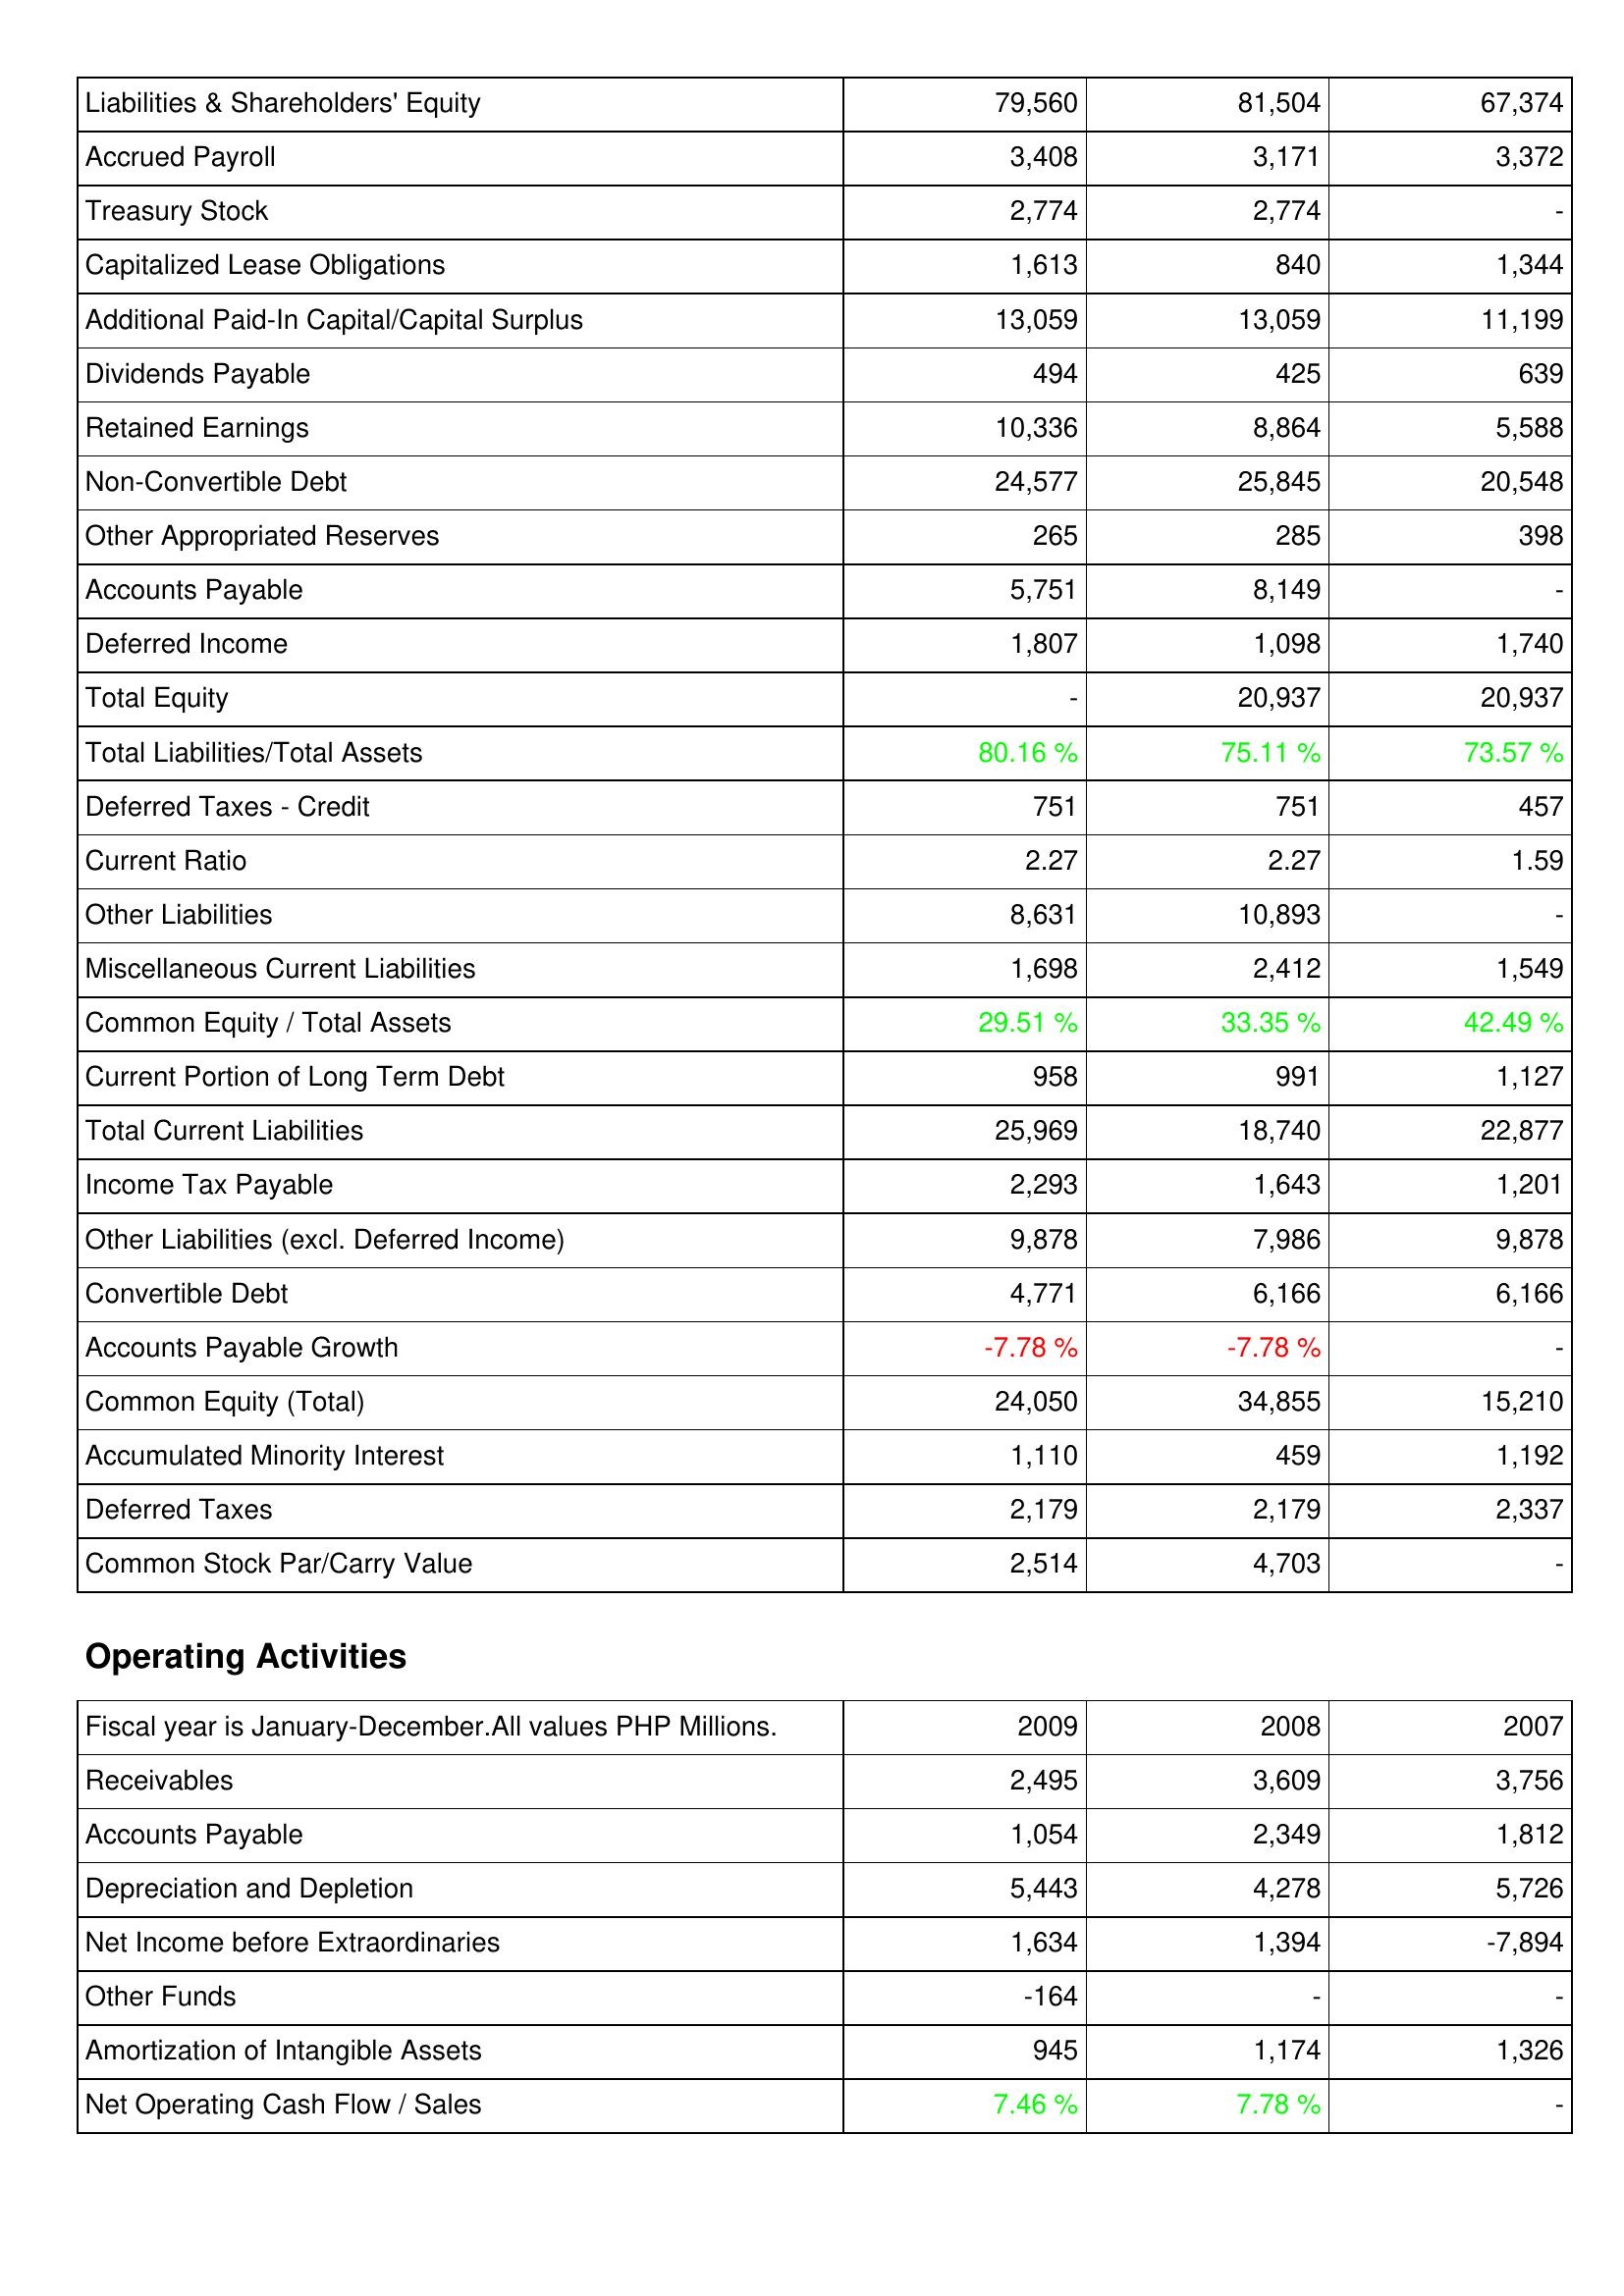
2009: Liabilities & Shareholders' Equity: Liabilities & Shareholders' Equity: 79,560
Accrued Payroll: 3,408
Treasury Stock: 2,774
Capitalized Lease Obligations: 1,613
Additional Paid-In Capital/Capital Surplus: 13,059
Dividends Payable: 494
Retained Earnings: 10,336
Non-Convertible Debt: 24,577
Other Appropriated Reserves: 265
Accounts Payable: 5,751
Deferred Income: 1,807
Total Equity: -
Total Liabilities/Total Assets: 80.16 %
Deferred Taxes - Credit: 751
Current Ratio: 2.27
Other Liabilities: 8,631
Miscellaneous Current Liabilities: 1,698
Common Equity / Total Assets: 29.51 %
Current Portion of Long Term Debt: 958
Total Current Liabilities: 25,969
Income Tax Payable: 2,293
Other Liabilities (excl. Deferred Income): 9,878
Convertible Debt: 4,771
Accounts Payable Growth: -7.78 %
Common Equity (Total): 24,050
Accumulated Minority Interest: 1,110
Deferred Taxes: 2,179
Common Stock Par/Carry Value: 2,514
Operating Activities: Receivables: 2,495
Accounts Payable: 1,054
Depreciation and Depletion: 5,443
Net Income before Extraordinaries: 1,634
Other Funds: -164
Amortization of Intangible Assets: 945
Net Operating Cash Flow / Sales: 7.46 %
2008: Liabilities & Shareholders' Equity: Liabilities & Shareholders' Equity: 81,504
Accrued Payroll: 3,171
Treasury Stock: 2,774
Capitalized Lease Obligations: 840
Additional Paid-In Capital/Capital Surplus: 13,059
Dividends Payable: 425
Retained Earnings: 8,864
Non-Convertible Debt: 25,845
Other Appropriated Reserves: 285
Accounts Payable: 8,149
Deferred Income: 1,098
Total Equity: 20,937
Total Liabilities/Total Assets: 75.11 %
Deferred Taxes - Credit: 751
Current Ratio: 2.27
Other Liabilities: 10,893
Miscellaneous Current Liabilities: 2,412
Common Equity / Total Assets: 33.35 %
Current Portion of Long Term Debt: 991
Total Current Liabilities: 18,740
Income Tax Payable: 1,643
Other Liabilities (excl. Deferred Income): 7,986
Convertible Debt: 6,166
Accounts Payable Growth: -7.78 %
Common Equity (Total): 34,855
Accumulated Minority Interest: 459
Deferred Taxes: 2,179
Common Stock Par/Carry Value: 4,703
Operating Activities: Receivables: 3,609
Accounts Payable: 2,349
Depreciation and Depletion: 4,278
Net Income before Extraordinaries: 1,394
Other Funds: -
Amortization of Intangible Assets: 1,174
Net Operating Cash Flow / Sales: 7.78 %
2007: Liabilities & Shareholders' Equity: Liabilities & Shareholders' Equity: 67,374
Accrued Payroll: 3,372
Treasury Stock: -
Capitalized Lease Obligations: 1,344
Additional Paid-In Capital/Capital Surplus: 11,199
Dividends Payable: 639
Retained Earnings: 5,588
Non-Convertible Debt: 20,548
Other Appropriated Reserves: 398
Accounts Payable: -
Deferred Income: 1,740
Total Equity: 20,937
Total Liabilities/Total Assets: 73.57 %
Deferred Taxes - Credit: 457
Current Ratio: 1.59
Other Liabilities: -
Miscellaneous Current Liabilities: 1,549
Common Equity / Total Assets: 42.49 %
Current Portion of Long Term Debt: 1,127
Total Current Liabilities: 22,877
Income Tax Payable: 1,201
Other Liabilities (excl. Deferred Income): 9,878
Convertible Debt: 6,166
Accounts Payable Growth: -
Common Equity (Total): 15,210
Accumulated Minority Interest: 1,192
Deferred Taxes: 2,337
Common Stock Par/Carry Value: -
Operating Activities: Receivables: 3,756
Accounts Payable: 1,812
Depreciation and Depletion: 5,726
Net Income before Extraordinaries: -7,894
Other Funds: -
Amortization of Intangible Assets: 1,326
Net Operating Cash Flow / Sales: -